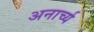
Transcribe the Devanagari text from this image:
अनार्च्य